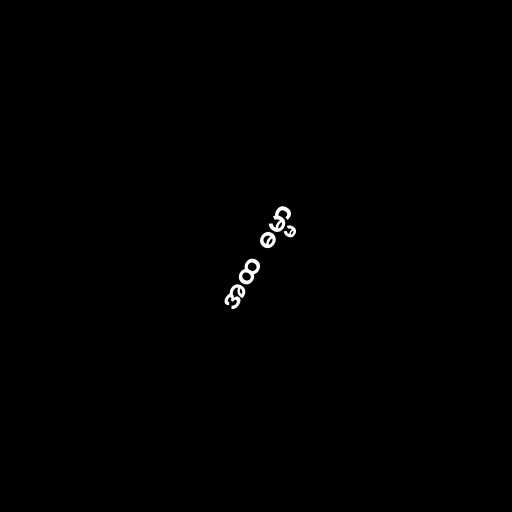
အထ  ဓမ္မာ